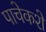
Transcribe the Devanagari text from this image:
पाचेकशे